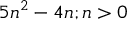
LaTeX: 5 n ^ { 2 } - 4 n ; n > 0